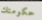
حكومتك